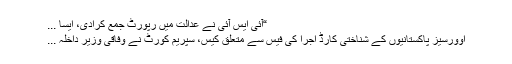
“آئی ایس آئی نے عدالت میں رپورٹ جمع کرادی، ایسا ...
اوورسیز پاکستانیوں کے شناختی کارڈ اجرا کی فیس سے متعلق کیس، سپریم کورٹ نے وفاقی وزیر داخلہ ...